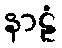
နာဠံ